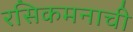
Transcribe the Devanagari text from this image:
रसिकमनाची